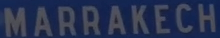
MARRAKECH